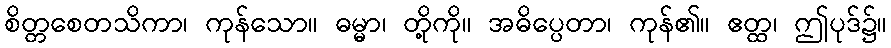
စိတ္တစေတသိကာ၊ ကုန်သော။ ဓမ္မာ၊ တို့ကို။ အဓိပ္ပေတာ၊ ကုန်၏။ ဧတ္ထ၊ ဤပုဒ်၌။